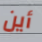
أين